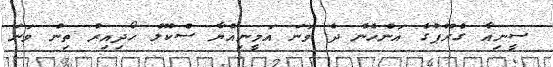
ސީނިއާ ގްރޫޕުގެ އަންހެން ދެ ވަނަ އަމީނިއްޔާ ސްކޫލް ހޯދިއިރު ތިން ވަނަ